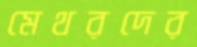
মেথরদের